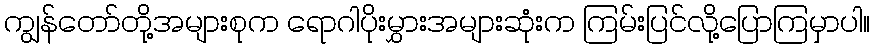
ကျွန်တော်တို့အများစုက ရောဂါပိုးမွှားအများဆုံးက ကြမ်းပြင်လို့ပြောကြမှာပါ။